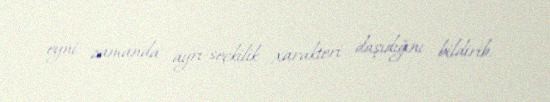
eyni zamanda ayrı-seçkilik xarakteri daşıdığını bildirib.